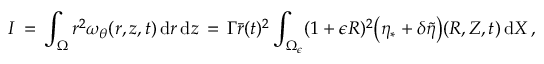
I \, = \, \int _ { \Omega } r ^ { 2 } \omega _ { \theta } ( r , z , t ) \, \mathrm { d } r \, \mathrm { d } z \, = \, \Gamma \bar { r } ( t ) ^ { 2 } \int _ { \Omega _ { \epsilon } } ( 1 + \epsilon R ) ^ { 2 } \bigl ( \eta _ { * } + \delta \tilde { \eta } \bigr ) ( R , Z , t ) \, \mathrm { d } X \, ,